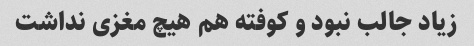
زیاد جالب نبود و کوفته هم هیچ مغزی نداشت